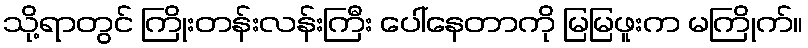
သို့ရာတွင် ကြိုးတန်းလန်းကြီး ပေါ်နေတာကို မြမြဖူးက မကြိုက်။